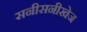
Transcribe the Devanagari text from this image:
सनीसनीखेज